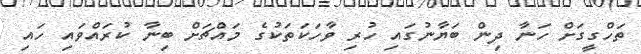
ތަހްގީގަށް ހަނާ ދިން ބަޔާނުގައި ހުރި ވާހަކަތަކުގެ މައްޗަށް ބިނާ ކުރައްވައި ހައި